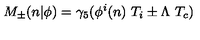
M _ { \pm } ( n \vert \phi ) = \gamma _ { 5 } ( \phi ^ { i } ( n ) \ T _ { i } \pm \Lambda \ T _ { c } )